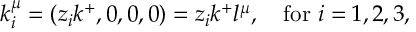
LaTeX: k _ { i } ^ { \mu } = ( z _ { i } k ^ { + } , 0 , 0 , 0 ) = z _ { i } k ^ { + } l ^ { \mu } , \ \ \ \mathrm { f o r } \ i = 1 , 2 , 3 ,